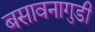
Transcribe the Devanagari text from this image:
बसावनागुडी